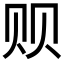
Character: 𲂻